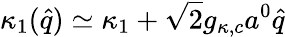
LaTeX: \kappa_{1}(\hat{q})\simeq\kappa_{1}+\sqrt{2}g_{\kappa,c}a^{0}\hat{q}